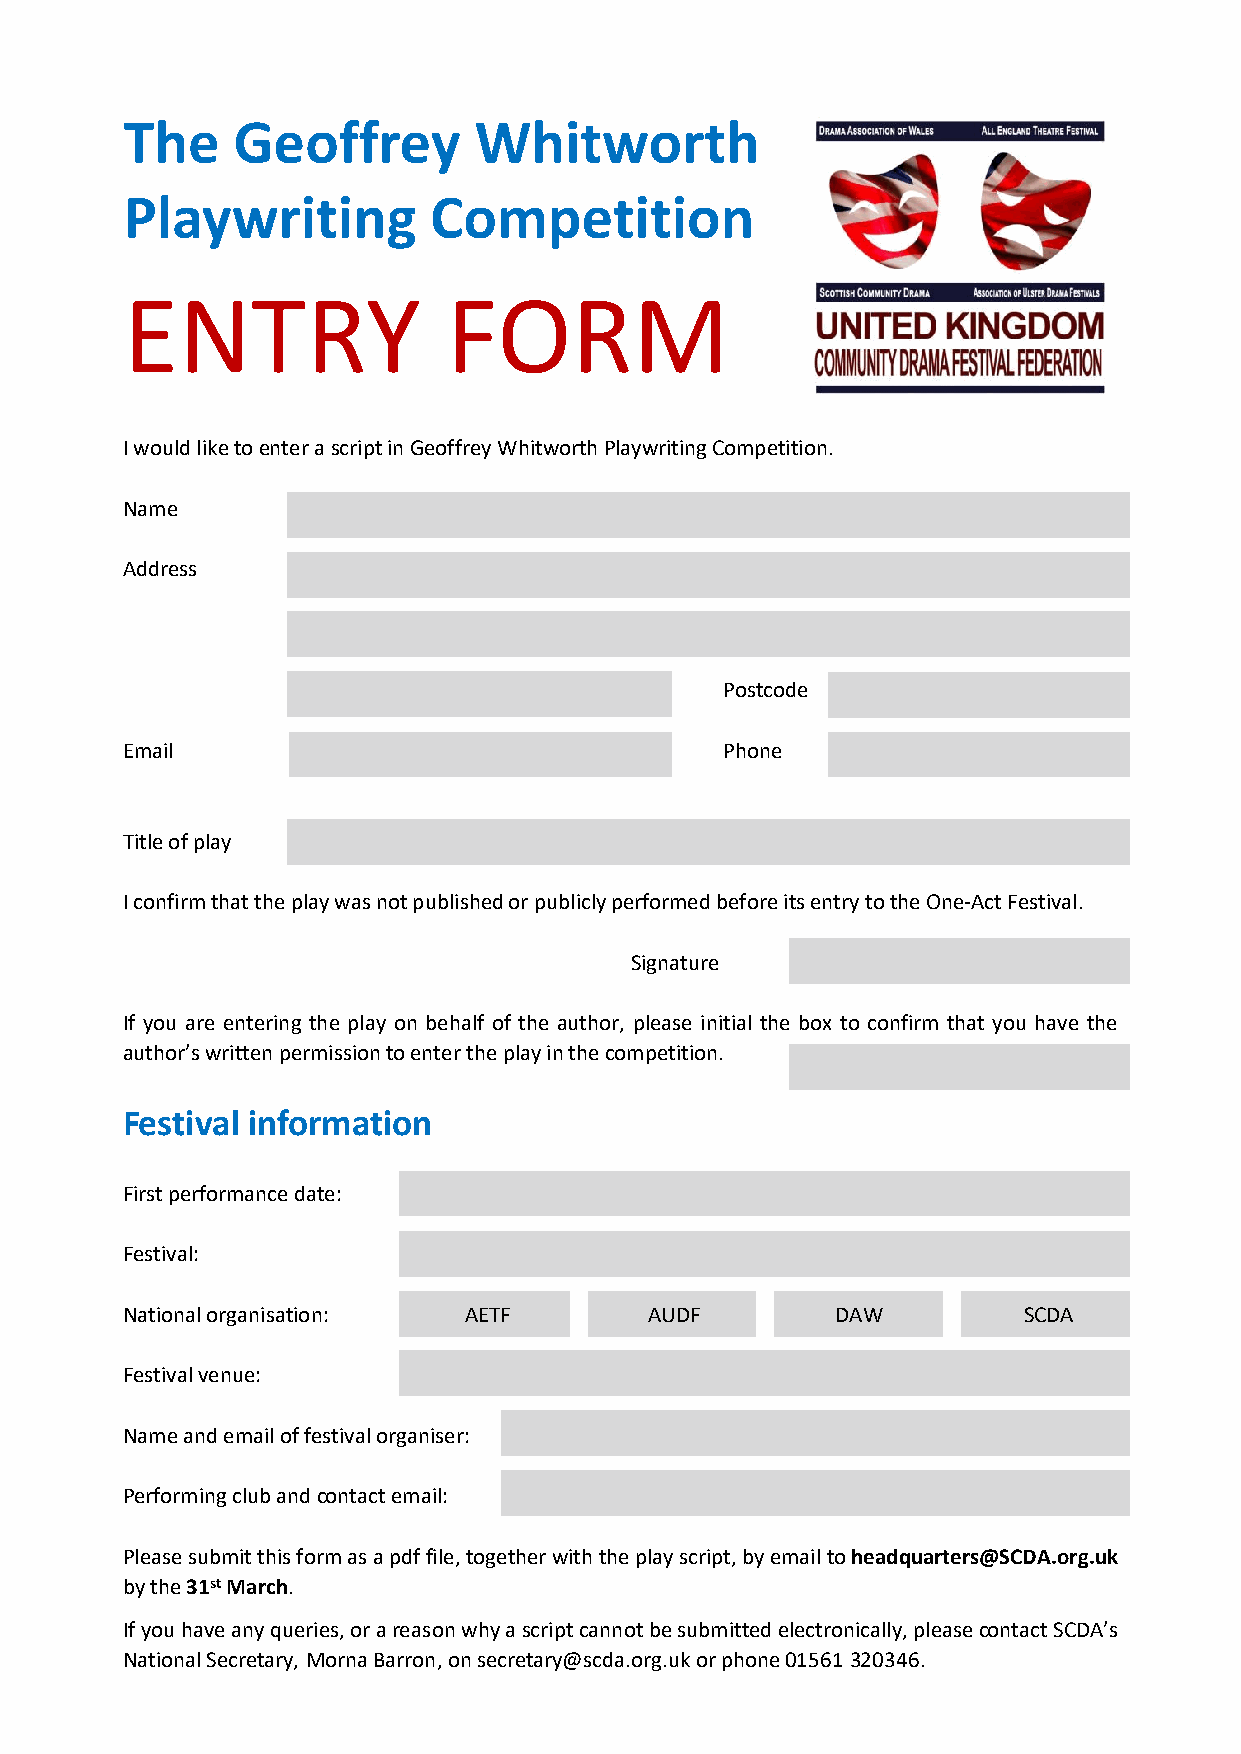
The    Geoffrey        Whitworth
 Playwriting         Competition
 ENTRY                 FORM
 IwouldliketoenterascriptinGeoffreyWhitworthPlaywritingCompetition.
 Name
 Address
 Postcode
 Email                                   Phone
 Titleofplay
 IconfirmthattheplaywasnotpublishedorpubliclyperformedbeforeitsentrytotheOne-ActFestival.
 Signature
 If you are entering the play on behalf of the author, please initial the box to confirm that you have the
 author’swrittenpermissiontoentertheplayinthecompetition.
 Festival information
 Firstperformancedate:
 Festival:
 Nationalorganisation:  AETF        AUDF        DAW          SCDA
 Festivalvenue:
 Nameandemailoffestivalorganiser:
 Performingclubandcontactemail:
 Pleasesubmitthisformasapdffile,togetherwiththeplayscript,byemailtoheadquarters@SCDA.org.uk
 bythe31stMarch.
 Ifyouhaveanyqueries,orareasonwhyascriptcannotbesubmittedelectronically,pleasecontactSCDA’s
 NationalSecretary, MornaBarron,onsecretary@scda.org.ukorphone01561320346.